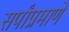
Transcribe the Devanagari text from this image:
सर्पांप्रमाणे